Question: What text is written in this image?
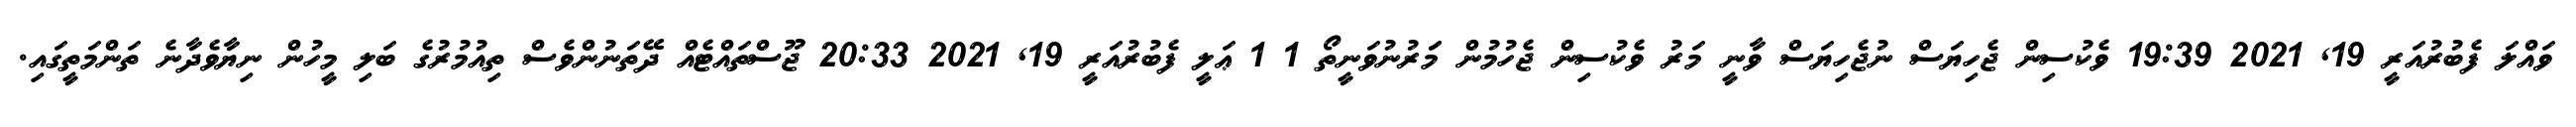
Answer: ވައްލަ ފެބުރުއަރީ 19, 2021 19:39 ވެކުސިން ޖެހިޔަސް ނުޖެހިޔަސް ވާނީ މަރު ވެކުސިން ޖެހުމުން މަަރުނުވަނީތޯ 1 1 ޢަލީ ފެބުރުއަރީ 19, 2021 20:33 ޖޫސްތައްޓެއް ދޭތަނުންވެސް ތިއުމުރުގެ ބަލި މީހުން ނިޔާވެދާނެ ތަންމަތީގައި.